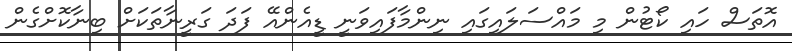
އޮތަސް ހައި ކޯޓުން މި މައްސަލައިގައި ނިންމާފައިވަނީ ޑީއެންއޭ ފަދަ ގަރީނާތަކަށް ބިނާކޮށްގެން